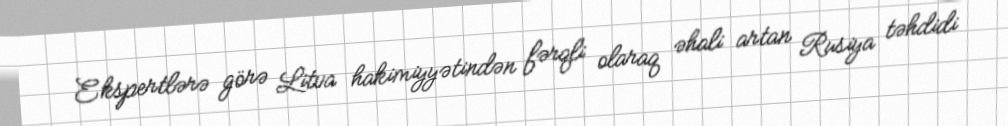
Ekspertlərə görə Litva hakimiyyətindən fərqli olaraq əhali artan Rusiya təhdidi